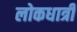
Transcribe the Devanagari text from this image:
लोकधात्री